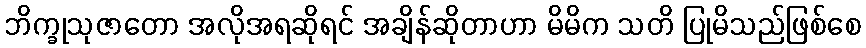
ဘိက္ခုသုဇာတော အလိုအရဆိုရင် အချိန်ဆိုတာဟာ မိမိက သတိ ပြုမိသည်ဖြစ်စေ